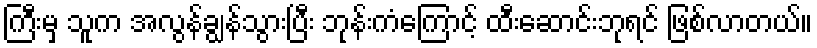
ကြီးမှ သူက အလွန်ချွန်သွားပြီး ဘုန်းကံကြောင့် ထီးဆောင်းဘုရင် ဖြစ်လာတယ်။